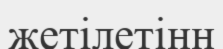
жетілетінн